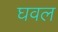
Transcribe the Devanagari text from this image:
घवल